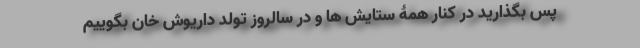
پس بگذارید در کنار همۀ ستایش ها و در سالروز تولد داریوش خان بگوییم